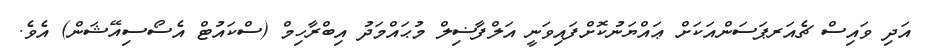
އަދި ވައިސް ޗެއަރޕަސަންއަކަށް ޢައްޔަނުކޮށްފައިވަނީ އަލްފާޟިލް މުޙައްމަދު އިބްރާހިމް (ސްކައުޓް އެސޯސިއޭޝަން) އެވެ.